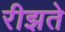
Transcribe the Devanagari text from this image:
रीझते